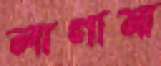
লাগামা